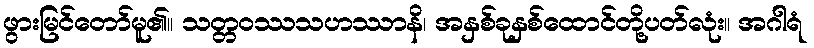
ဖွားမြင်တော်မူ၏။ သတ္တဝဿသဟဿာနိ၊ အနှစ်ခုနှစ်ထောင်တို့ပတ်လုံး။ အဂါရံ